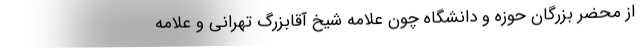
از محضر بزرگان حوزه و دانشگاه چون علامه شیخ آقابزرگ تهرانی و علامه